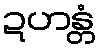
ဍဟန္တံ